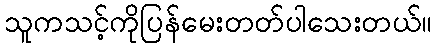
သူကသင့်ကိုပြန်မေးတတ်ပါသေးတယ်။